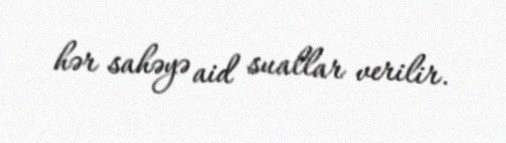
hər sahəyə aid suallar verilir.